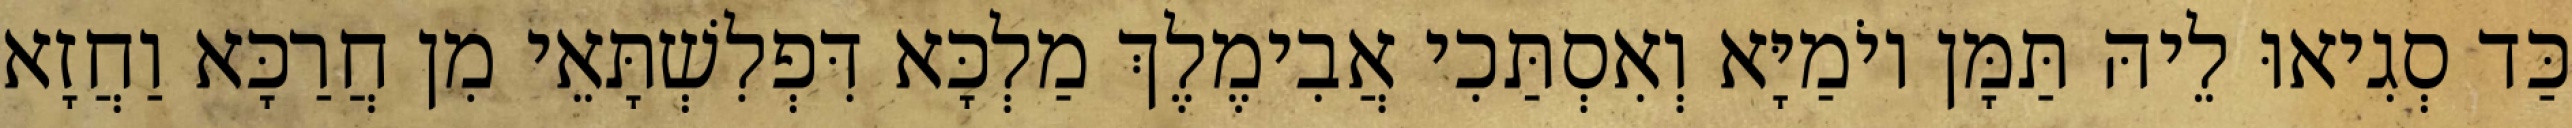
כַּד סְגִיאוּ לֵיהּ תַּמָּן יוֹמַיָּא וְאִסְתַּכִי אֲבִימֶלֶךְ מַלְכָּא דִּפְלִשְׁתָּאֵי מִן חֲרַכָּא וַחֲזָא